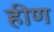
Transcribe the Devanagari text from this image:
हीण